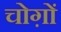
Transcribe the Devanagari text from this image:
चोग़ों